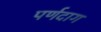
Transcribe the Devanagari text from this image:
पर्णदाग